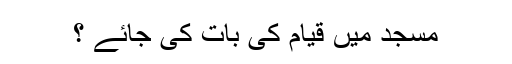
مسجد میں قیام کی بات کی جائے ؟